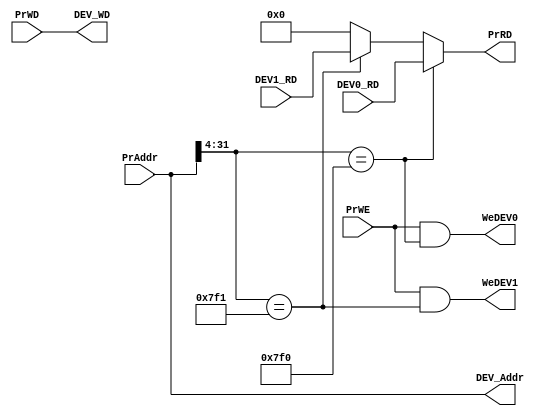
`timescale 1ns / 1ps
//////////////////////////////////////////////////////////////////////////////////
// Company: 
// Engineer: 
// 
// Design Name: 
// Module Name:    Bridge 
// Project Name: 
// Target Devices: 
// Tool versions: 
// Description: 
//
// Dependencies: 
//
// Revision: 
// Revision 0.01 - File Created
// Additional Comments: 
//
//////////////////////////////////////////////////////////////////////////////////
module Bridge(
    input [31:0] PrAddr,
	 input PrWE,
    output [31:0] PrRD,
    input [31:0] PrWD,
    output [31:0] DEV_Addr,
    output [31:0] DEV_WD,
    input [31:0] DEV0_RD,
    input [31:0] DEV1_RD,
	 output WeDEV0,
	 output WeDEV1
    );
	 
	`define DEBUG_DEV_DATA 32'b0
	
	//DEV0 00007F00-00007F0B 
	//DEV1 00007F10-00007F1B 
	wire HitDEV0,HitDEV1;
	assign HitDEV0 = (PrAddr[31:4]==28'h00007F0);
	assign HitDEV1 = (PrAddr[31:4]==28'h00007F1);
	
	assign PrRD = (HitDEV0) ? DEV0_RD :
					  (HitDEV1) ? DEV1_RD :
					  `DEBUG_DEV_DATA;
	
	assign WeDEV0 = PrWE&&HitDEV0;
	assign WeDEV1 = PrWE&&HitDEV1;
	
	assign DEV_Addr = PrAddr;
	assign DEV_WD = PrWD;
endmodule